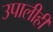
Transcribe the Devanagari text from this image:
उपालीही